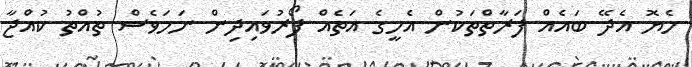
ހެޔޮ އެދޭ ބައެއް ފަރާތްތަކުން އެހީގެ އަތެއް ފޯރުވައިދިން ނަމަވެސް ތުއްތު ކުއްޖާ